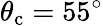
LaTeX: \theta_{\mathrm{c}}=55^{\circ}